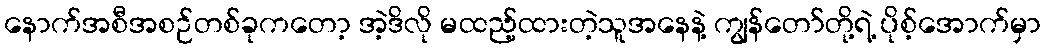
နောက်အစီအစဉ်တစ်ခုကတော့ အဲ့ဒိလို မထည့်ထားတဲ့သူအနေနဲ့ ကျွန်တော်တို့ရဲ့ ပိုစ့်အောက်မှာ